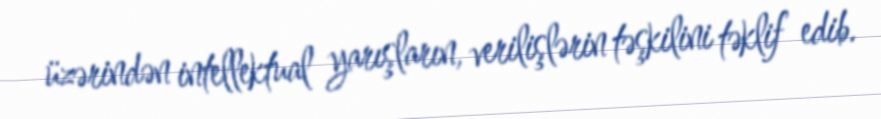
üzərindən intellektual yarışların, verilişlərin təşkilini təklif edib.